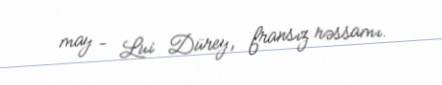
may – Lui Dürey, fransız rəssamı.